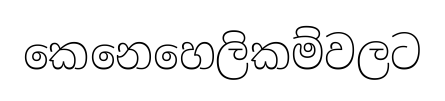
කෙනෙහෙලිකම්වලට